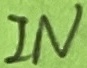
Text: IN